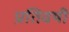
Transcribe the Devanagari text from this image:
प्रतिवषी